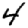
Digit: 4